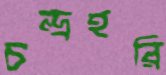
চন্দ্রহরি